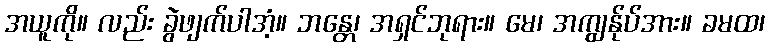
အယူကို။ လည်း ခွဲဖျက်ပါအံ့။ ဘန္တေ၊ အရှင်ဘုရား။ မေ၊ အကျွန်ုပ်အား။ ခမထ၊